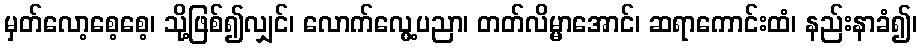
မှတ်လော့စေ့စေ့၊ သို့ဖြစ်၍လျှင်၊ လောက်လွေ့ပညာ၊ တတ်လိမ္မာအောင်၊ ဆရာကောင်းထံ၊ နည်းနာခံ၍၊